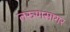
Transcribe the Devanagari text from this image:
तरुणसागर